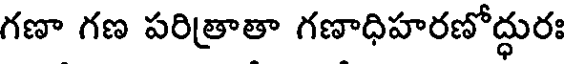
గణా గణ పరిత్రాతా గణాధిహరణోద్ధురః